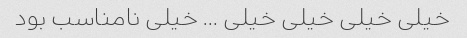
خیلی خیلی خیلی خیلی … خیلی نامناسب بود